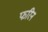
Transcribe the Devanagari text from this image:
फरिन